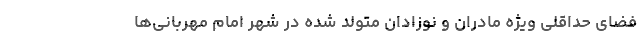
فضای حداقلی ویژه مادران و نوزادان متولد شده در شهر امام مهربانی‌ها